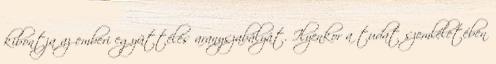
kibontja az emberi együttélés aranyszabályát. Ilyenkor a tudat szemléletében